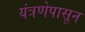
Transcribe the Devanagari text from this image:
यंत्रणेपासून